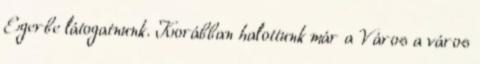
Egerbe látogatnunk. Korábban halottunk már a Város a város